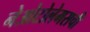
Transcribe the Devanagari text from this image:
नेओटोलेमसची